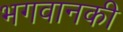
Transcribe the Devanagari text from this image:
भगवानकी